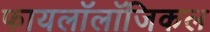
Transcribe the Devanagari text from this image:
फायलॉलॉजिकल